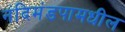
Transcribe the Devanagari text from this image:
नंदिमंडपामधील